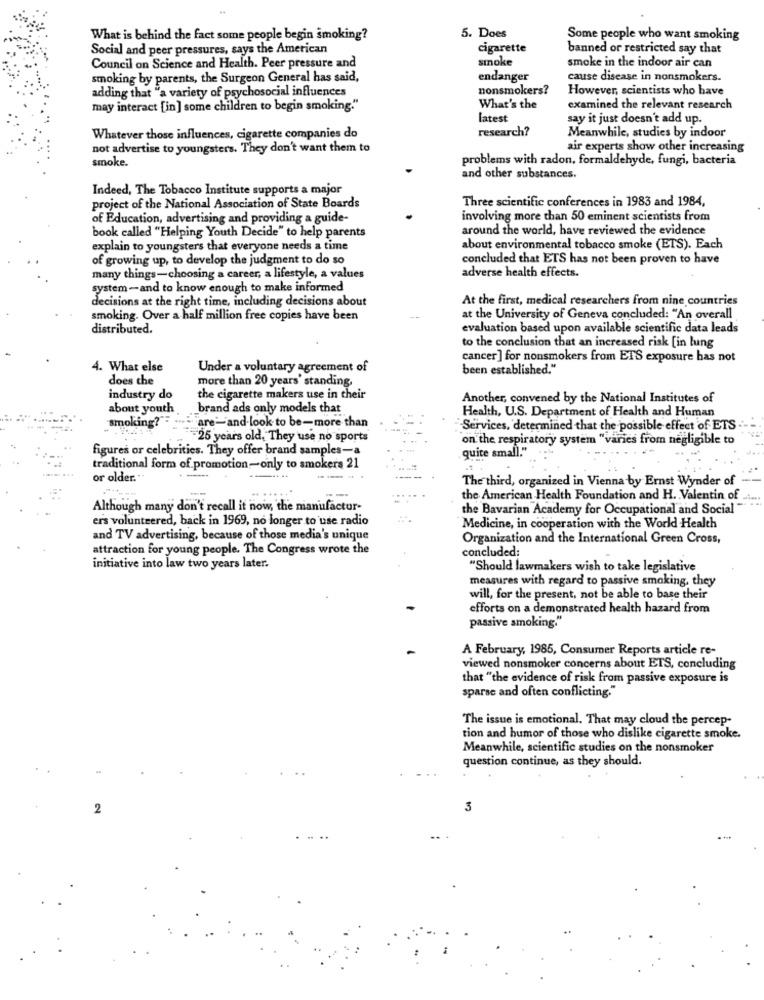
5. Does
What is behind the fact some people begin smoking?
Some people who want smoking
Social and peer pressures, says the American
cigarette
banned or restricted say that
smoke
Council on Science and Health. Peer pressure and
smoke in the indoor air can
smoking by parents, the Surgeon General has said,
endanger
cause disease in nonsmokers.
adding that "a variety of psychosocial influences
nonsmokers?
However, scientists who have
may interact [in] some children to begin smoking."
What's the
examined the relevant research
latest
say it just doesn't add up.
research?
Whatever those influences, cigarette companies do
Meanwhile, studies by indoor
not advertise to youngsters. They don't want them to
air experts show other increasing
smoke.
problems with radon, formaldehyde, fungi, bacteria
and other substances.
Indeed, The Tobacco Institute supports a major
Three scientific conferences in 1983 and 1984,
project of the National Association of State Boards
of Education, advertising and providing a guide-
involving more than 50 eminent scientists from
around the world, have reviewed the evidence
book called "Helping Youth Decide" to help parents
explain to youngsters that everyone needs a time
about environmental tobacco smoke (ETS). Each
of growing up, to develop the judgment to do so
concluded that ETS has not been proven to have
many things-choosing a career, a lifestyle, a values
adverse health effects.
system -and to know enough to make informed
decisions at the right time, including decisions about
At the first, medical researchers from nine countries
smoking. Over a half million free copies have been
at the University of Geneva concluded: "An overall
distributed.
evaluation based upon available scientific data leads
to the conclusion that an increased risk [in lung
cancer] for nonsmokers from ETS exposure has not
4. What else
Under a voluntary agreement of
been established."
does the
more than 20 years' standing.
industry do
the cigarette makers use in their
Another, convened by the National Institutes of
about youth
brand ads only models that
Health, U.S. Department of Health and Human
smoking?
"are :- and-look to be-more than
Services, determined that the possible effect of ETS
- 25 years old, They use no sports
on the respiratory system "varies from negligible to
figures or celebrities. They offer brand samples-a
quite small."
traditional form of promotion-only to smokers 21
or older."
The third, organized in Vienna by Ernst Wynder of
the American Health Foundation and H. Valentin of ......
Although many don't recall it now, the manufactur-
the Bavarian Academy for Occupational and Social "
ers volunteered, back in 1969, no longer to use radio
Medicine, in cooperation with the World Health
and TV advertising, because of those media's unique
Organization and the International Green Cross,
attraction for young people. The Congress wrote the
concluded:
initiative into law two years later.
"Should lawmakers wish to take legislative
measures with regard to passive smoking, they
will, for the present, not be able to base their
efforts on a demonstrated health hazard from
passive smoking."
A February, 1985, Consumer Reports article re-
viewed nonsmoker concerns about ETS, concluding
that "the evidence of risk from passive exposure is
sparse and often conflicting."
The issue is emotional. That may cloud the percep-
tion and humor of those who dislike cigarette smoke.
Meanwhile, scientific studies on the nonsmoker
question continue, as they should.
2
3